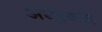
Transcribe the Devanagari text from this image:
अधइकार